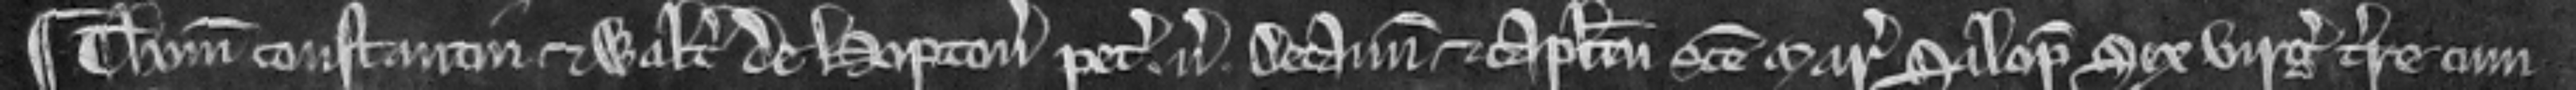
¶ Thomas Constantin et Walterus de Hopton petunt versus Decanum et Capitulum Sancte Marie Salop sex virgatas terre cum